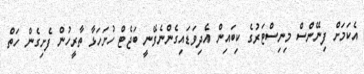
އެކަމަށް ފިނޭންސް މިނިސްޓަރުގެ ކިބައިން އެދިވަޑައިގެންނެވޭނީ ބަޖެޓް ހުށަހަޅާ ތާރީހުން ފެށިގެން ހަތް